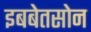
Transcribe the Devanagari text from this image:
इबबेतसोन